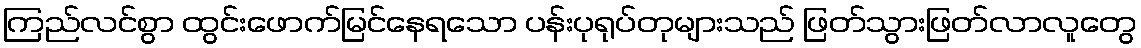
ကြည်လင်စွာ ထွင်းဖောက်မြင်နေရသော ပန်းပုရုပ်တုများသည် ဖြတ်သွားဖြတ်လာလူတွေ